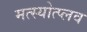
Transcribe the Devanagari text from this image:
मत्स्योत्प्लव